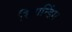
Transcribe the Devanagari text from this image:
रिब्रान्डिंग